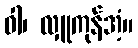
ဝါ၊ လှူကုန်အံ့။